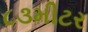
૮૩મીટર